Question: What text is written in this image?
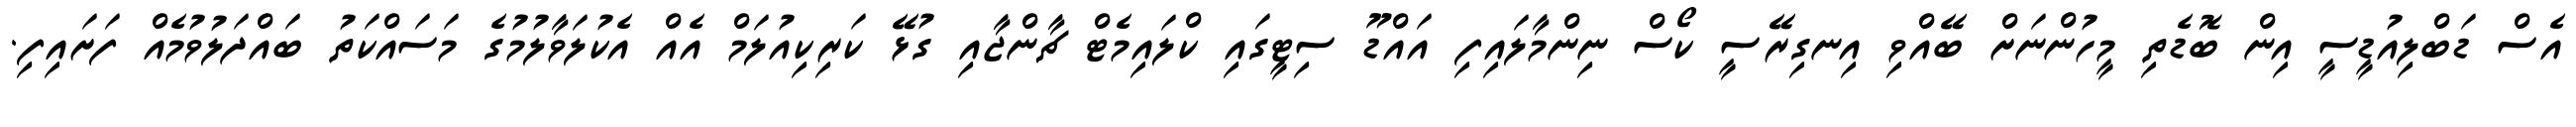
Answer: އެސް ޑަބްލިއުޑީސީ އިން ބޮޑެތި މީހުންނަށް ބޭއްވި އިނގިރޭސީ ކޯސް ނިންމާލައިފި އައްޑޫ ސިޓީގައި ކްލައިމެޓް ޗާންޖާއި ގުޅޭ ކަރިކިއުލަމް އެއް އެކުލަވާލުމުގެ މަސައްކަތު ބައްދަލުވުމެއް ފަށައިފި.